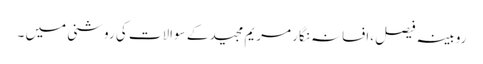
روبینہ فیصل ،افسانہ نگار مریم مجید کے سوالات کی روشنی میں ۔